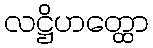
လဋ္ဌိဟတ္ထော